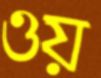
ওয়